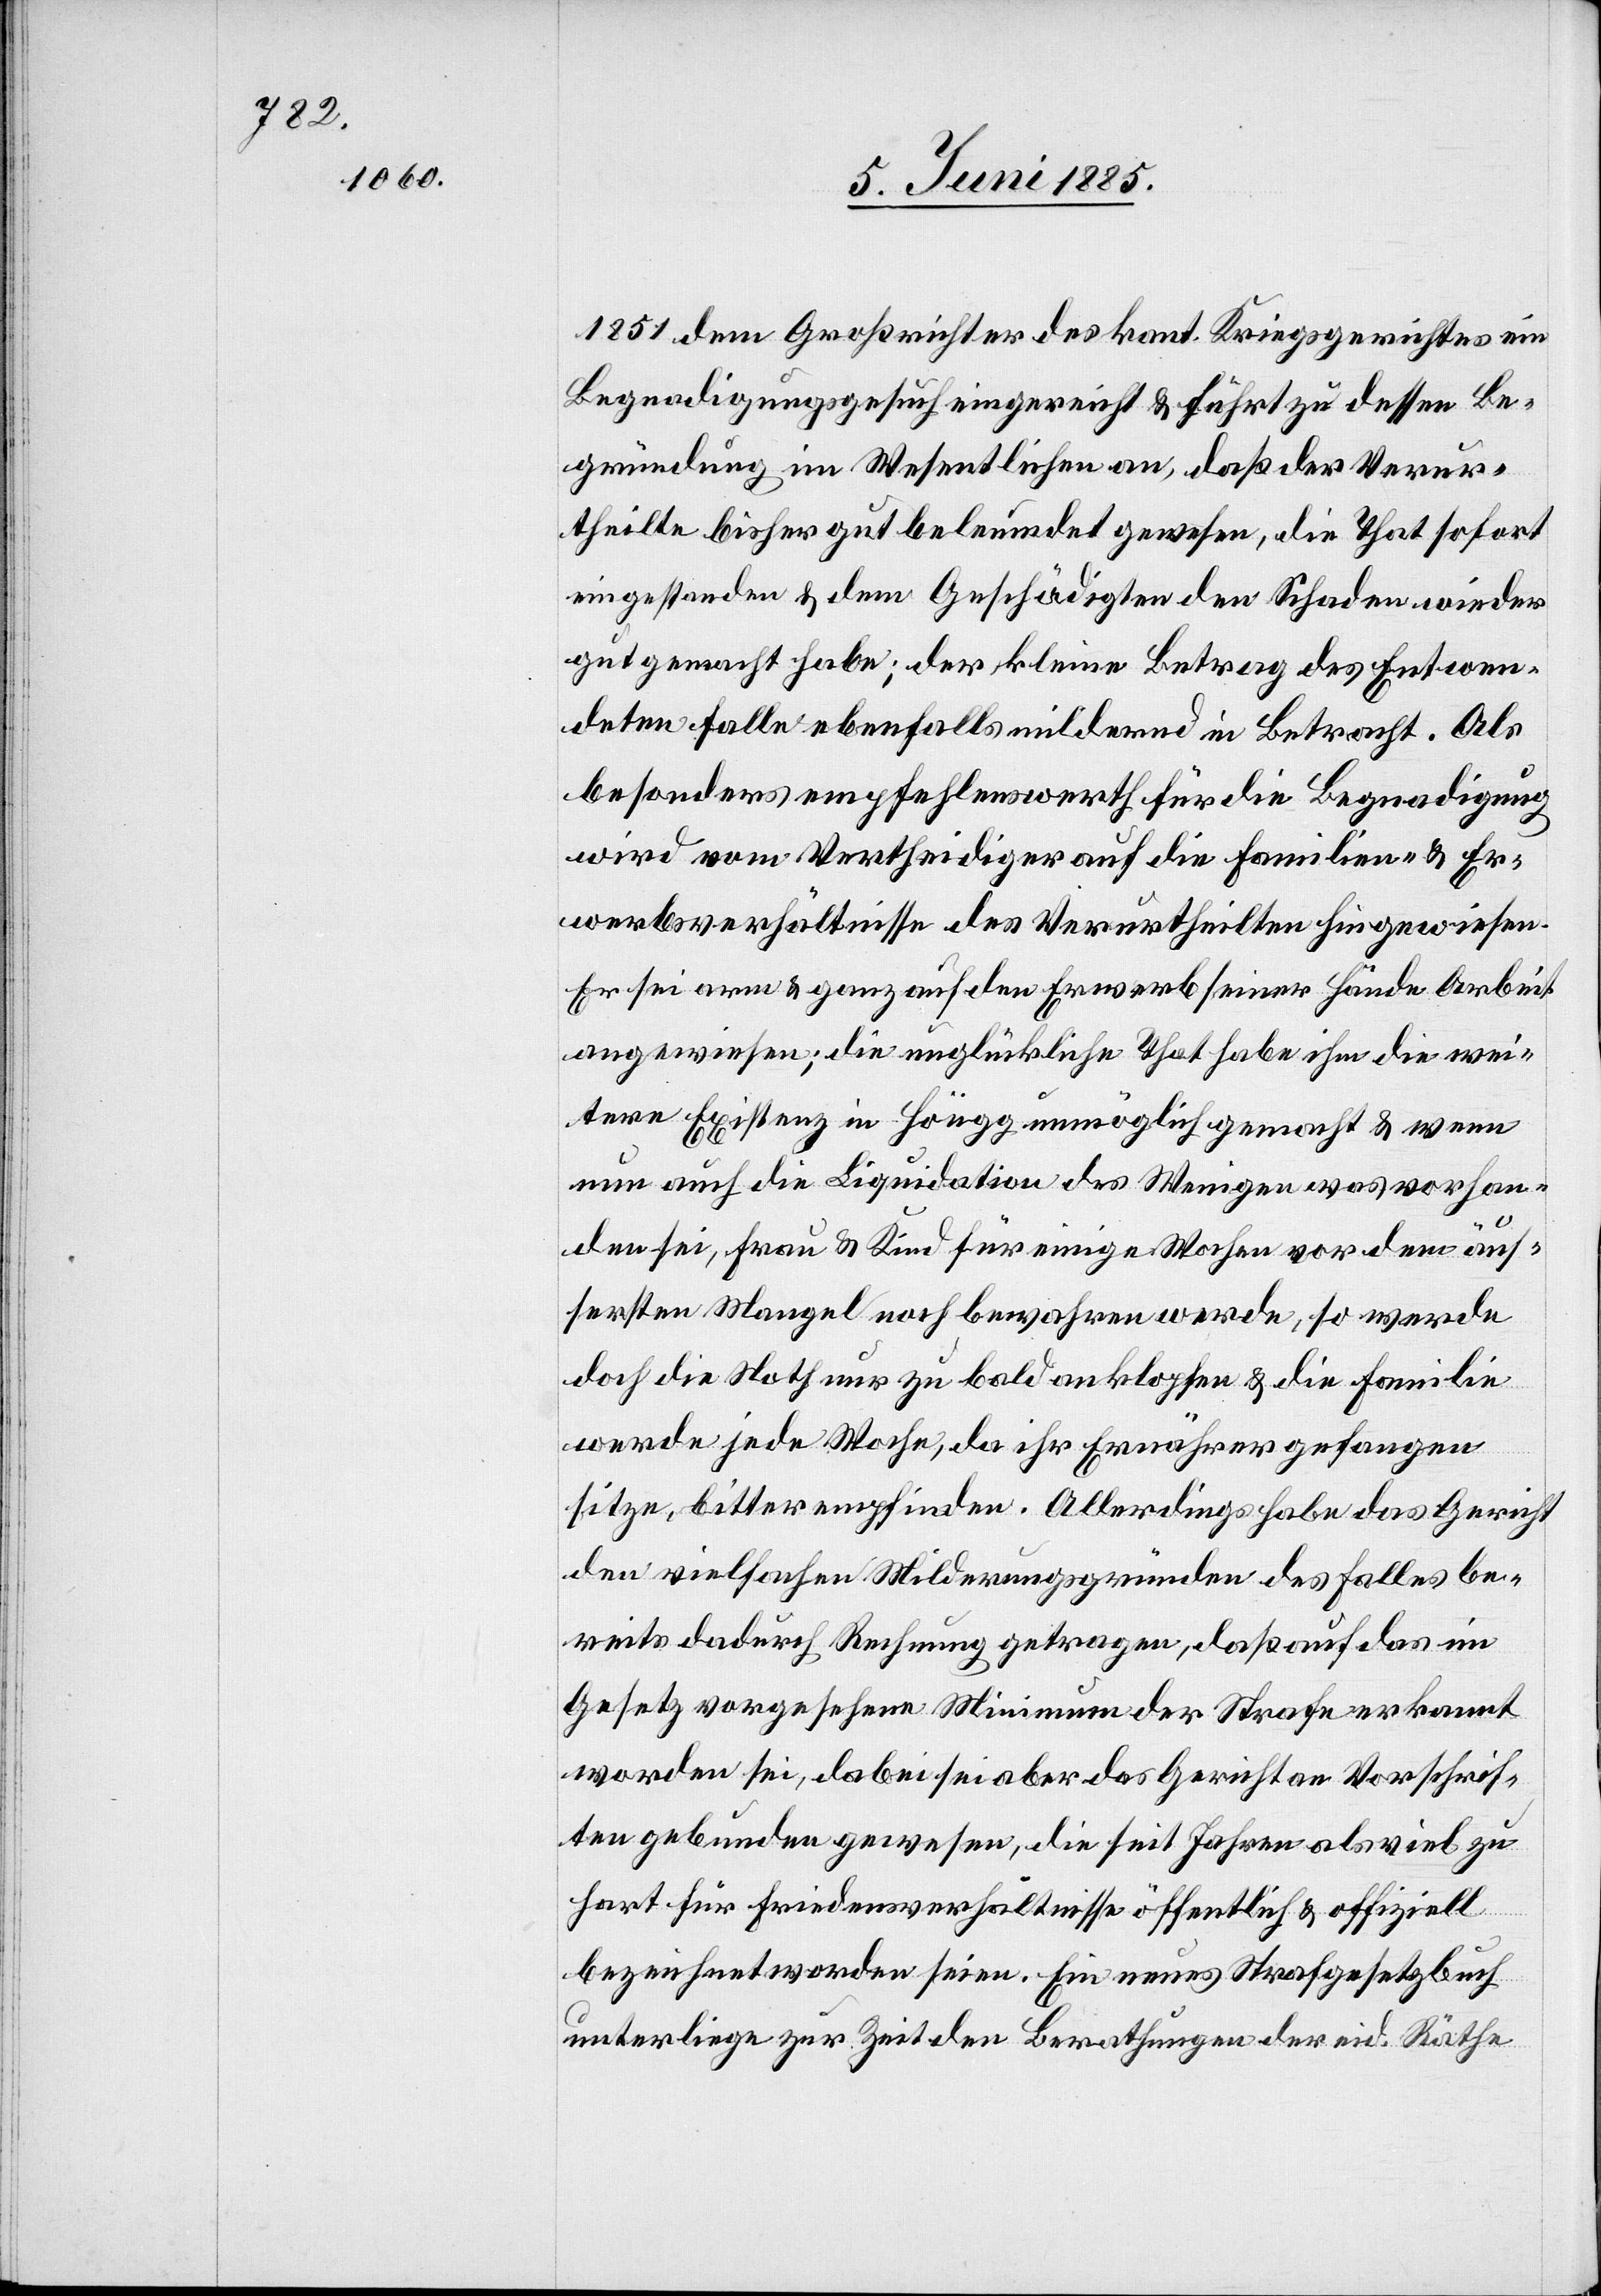
1851 dem Großrichter des kant. Kriegsgerichtes ein
Begnadigungsgesuch eingereicht & führt zu dessen Be¬
gründung im Wesentlichen an, daß der Verur¬
theilte bisher gut beleumdet gewesen, die That sofort
eingestanden & dem Geschädigten den Schaden wieder
gutgemacht habe; der kleine Betrag des Entwen¬
deten falle ebenfalls mildernd in Betracht. Als
besonders empfehlenswerth für die Begnadigung
wird vom Vertheidiger auf die Familien- & Er¬
werbsverhältnisse des Verurtheilten hingewiesen.
Er sei arm & ganz auf den Erwerb seiner Hände Arbeit
angewiesen; die unglückliche That habe ihm die wei¬
tere Existenz in Höngg unmöglich gemacht & wenn
nun auch die Liquidation des Wenigen was vorhan¬
den sei, Frau & Kind für einige Wochen vor dem äus¬
sersten Mangel noch bewahren werde, so werde
doch die Noth nur zu bald anklopfen & die Familie
werde jede Woche, da ihr Ernährer gefangen
sitze, bitter empfinden. Allerdings habe das Gericht
den vielfachen Milderungsgründe des Falles be¬
reits dadurch Rechnung getragen, daß auf das im
Gesetz vorgesehene Minimum der Strafe erkannt
worden sei, dabei sei aber das Gericht an Vorschrif¬
ten gebunden gewesen, die seit Jahren als viel zu
hart für Friedensverhältnisse öffentlich & offiziell
bezeichnet worden seien. Ein neues Strafgesetzbuch
unterliege zur Zeit den Berathungen der eid. Räthe